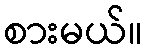
စားမယ်။